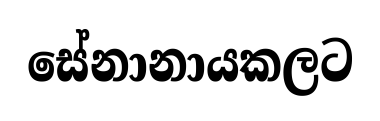
සේනානායකලට